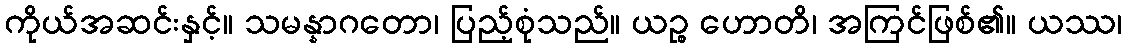
ကိုယ်အဆင်းနှင့်။ သမန္နာဂတော၊ ပြည့်စုံသည်။ ယဉ္စ ဟောတိ၊ အကြင်ဖြစ်၏။ ယဿ၊